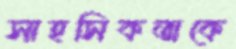
সাহসিকতাকে